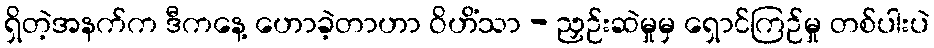
ရှိတဲ့အနက်က ဒီကနေ့ ဟောခဲ့တာဟာ ဝိဟိံသာ - ညှဉ်းဆဲမှုမှ ရှောင်ကြဉ်မှု တစ်ပါးပဲ